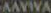
AAVIVA